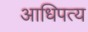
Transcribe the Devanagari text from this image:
आधिपत्य